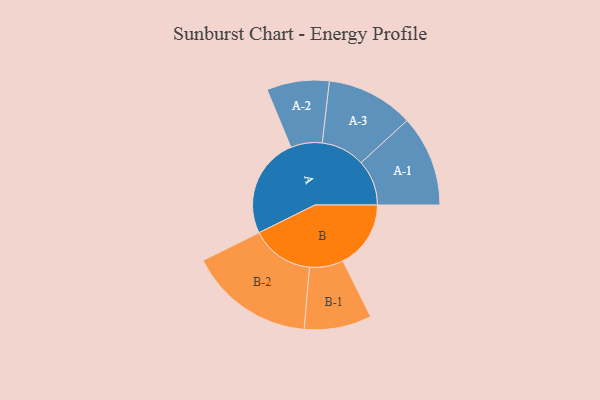
{"axis": {"x": "Segment", "y": "Value"}, "legend": ["", "A", "B"], "data": [{"x": "A", "y": 372, "type": ""}, {"x": "B", "y": 252, "type": ""}, {"x": "A-1", "y": 169, "type": "A"}, {"x": "A-2", "y": 116, "type": "A"}, {"x": "A-3", "y": 162, "type": "A"}, {"x": "B-1", "y": 125, "type": "B"}, {"x": "B-2", "y": 233, "type": "B"}]}